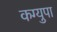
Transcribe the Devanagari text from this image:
कग्युपा